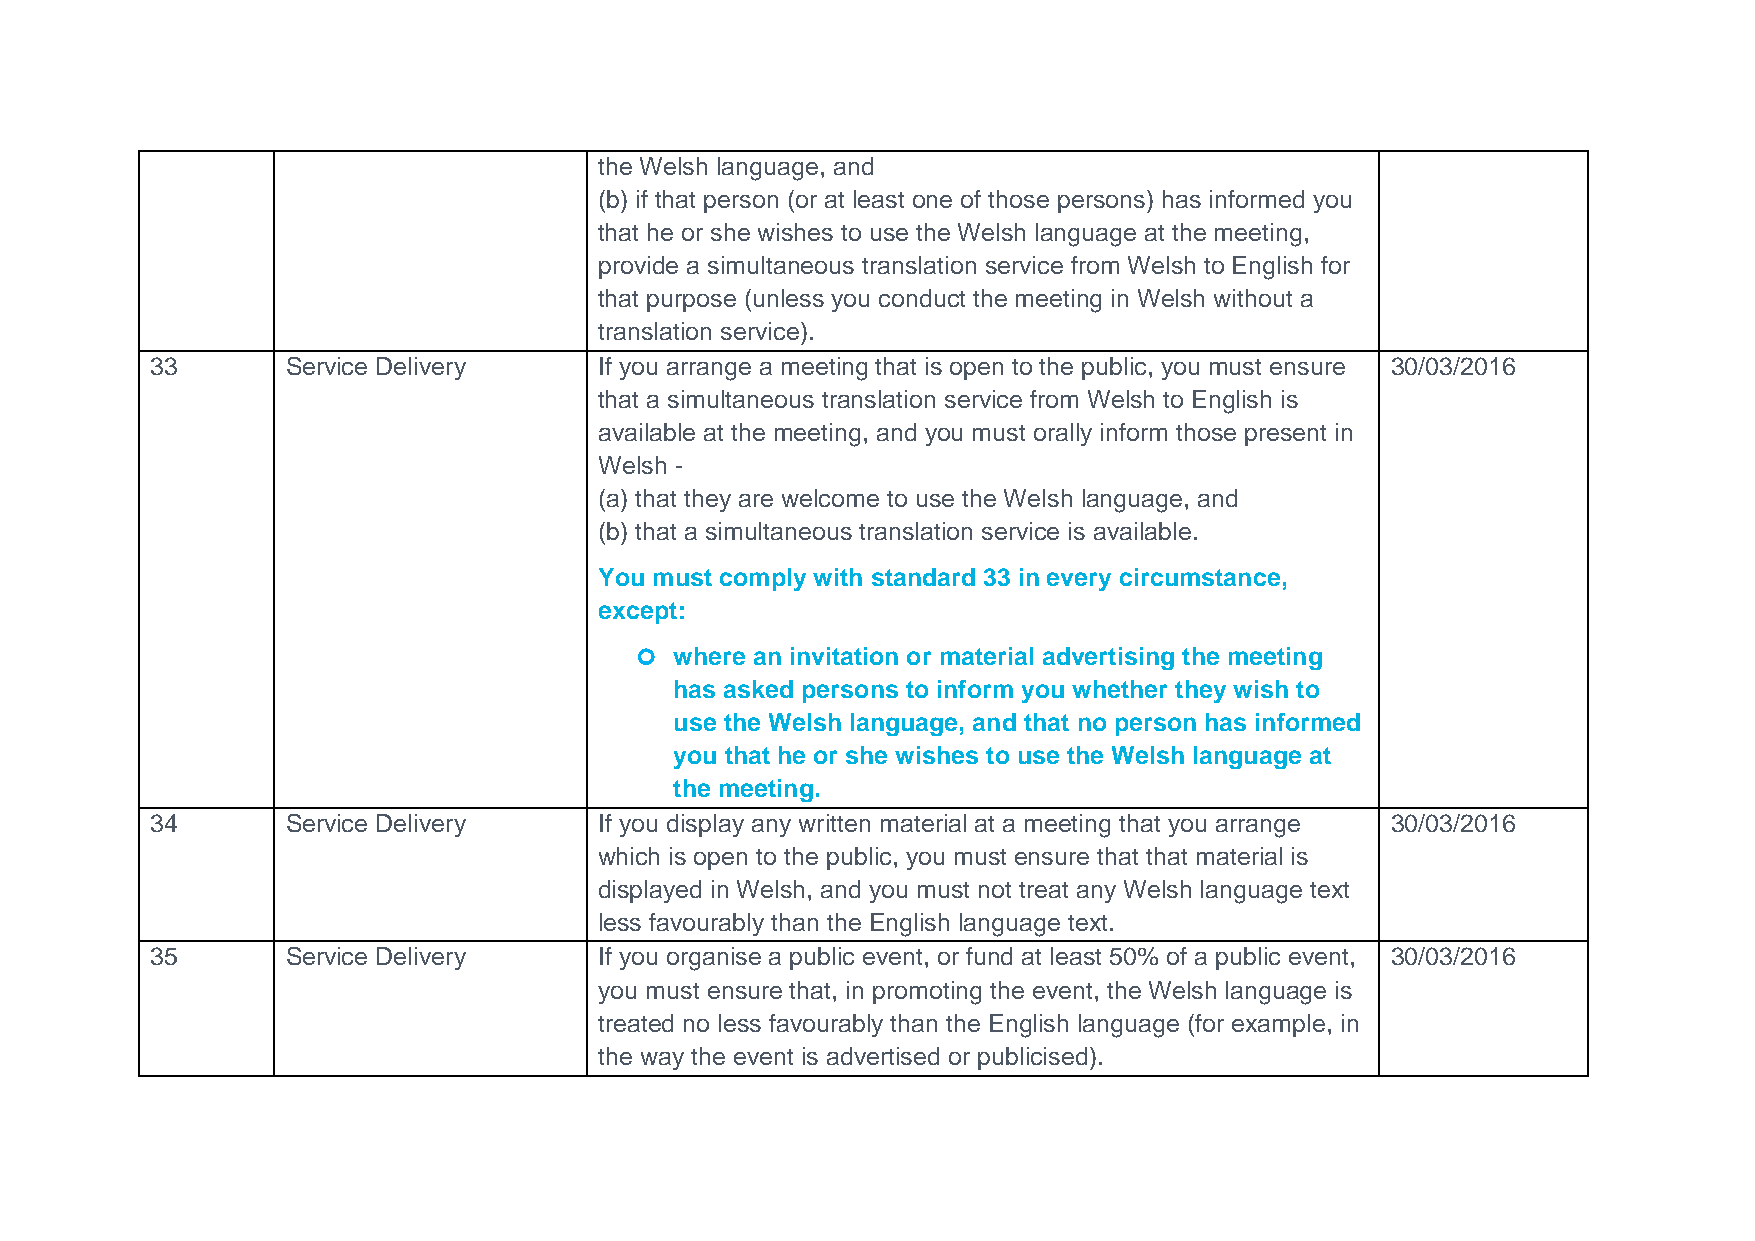
the Welsh language, and
 (b) if that person (or at least one of those persons) has informed you
 that he or she wishes to use the Welsh language at the meeting,
 provide a simultaneous translation service from Welsh to English for
 that purpose (unless you conduct the meeting in Welsh without a
 translation service).
 33       Service Delivery     If you arrange a meeting that is open to the public, you must ensure 30/03/2016
 that a simultaneous translation service from Welsh to English is
 available at the meeting, and you must orally inform those present in
 Welsh -
 (a) that they are welcome to use the Welsh language, and
 (b) that a simultaneous translation service is available.
 You must comply with standard 33 in every circumstance,
 except:
   where an invitation or material advertising the meeting
 has asked persons to inform you whether they wish to
 use the Welsh language, and that no person has informed
 you that he or she wishes to use the Welsh language at
 the meeting.
 34       Service Delivery     If you display any written material at a meeting that you arrange 30/03/2016
 which is open to the public, you must ensure that that material is
 displayed in Welsh, and you must not treat any Welsh language text
 less favourably than the English language text.
 35       Service Delivery     If you organise a public event, or fund at least 50% of a public event, 30/03/2016
 you must ensure that, in promoting the event, the Welsh language is
 treated no less favourably than the English language (for example, in
 the way the event is advertised or publicised).